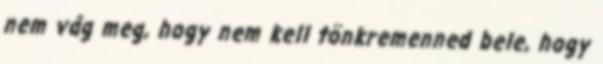
nem vág meg, hogy nem kell tönkremenned bele, hogy